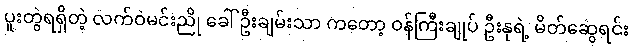
ပူးတွဲရရှိတဲ့ လက်ဝဲမင်းညို ခေါ် ဦးချမ်းသာ ကတော့ ဝန်ကြီးချုပ် ဦးနုရဲ့ မိတ်ဆွေရင်း